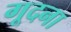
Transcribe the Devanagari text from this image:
गूदना